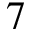
7